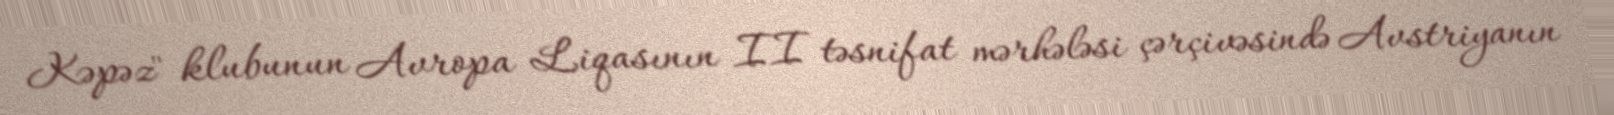
Kəpəz" klubunun Avropa Liqasının II təsnifat mərhələsi çərçivəsində Avstriyanın